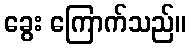
ခွေး ကြောက်သည်။